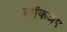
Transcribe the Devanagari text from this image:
लॉकअप